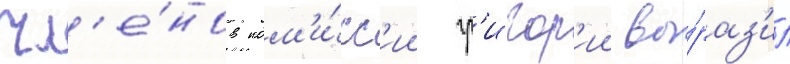
чл'е́нов ком'и́сс'ии гр'игор'ии вы́раз'ил